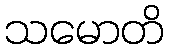
သမောတိ